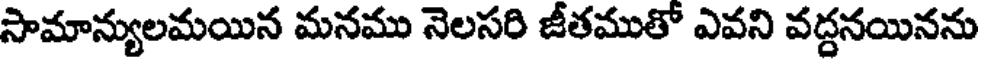
సామాన్యులమయిన మనము నెలసరి జీతముతో ఎవని వద్దనయినను